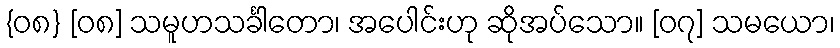
{၀၈} [၀၈] သမူဟသင်္ခါတော၊ အပေါင်းဟု ဆိုအပ်သော။ [၀၇] သမယော၊